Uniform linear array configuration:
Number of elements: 64
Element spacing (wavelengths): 1
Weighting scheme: binomial
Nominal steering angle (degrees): -30
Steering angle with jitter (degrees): -30.394
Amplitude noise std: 0.05
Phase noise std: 0.05

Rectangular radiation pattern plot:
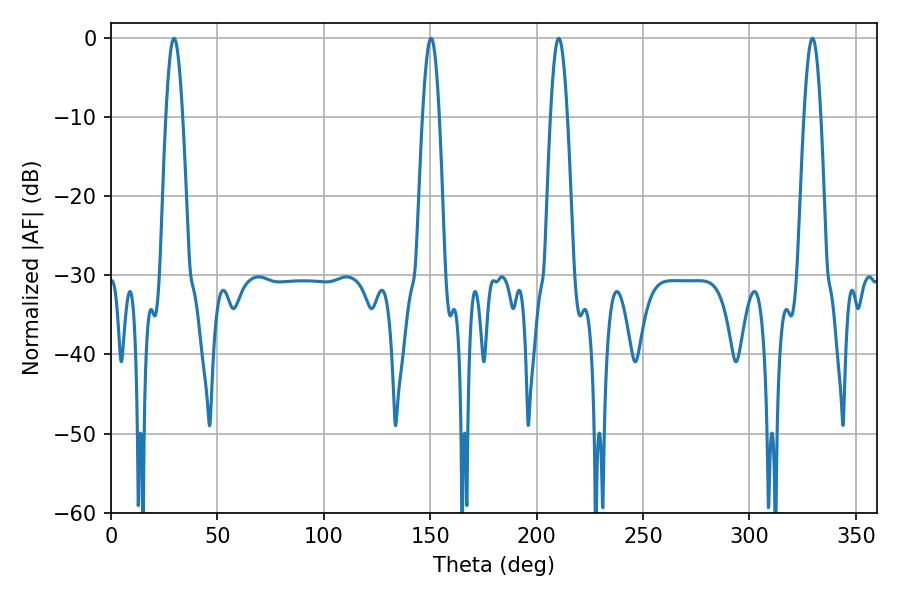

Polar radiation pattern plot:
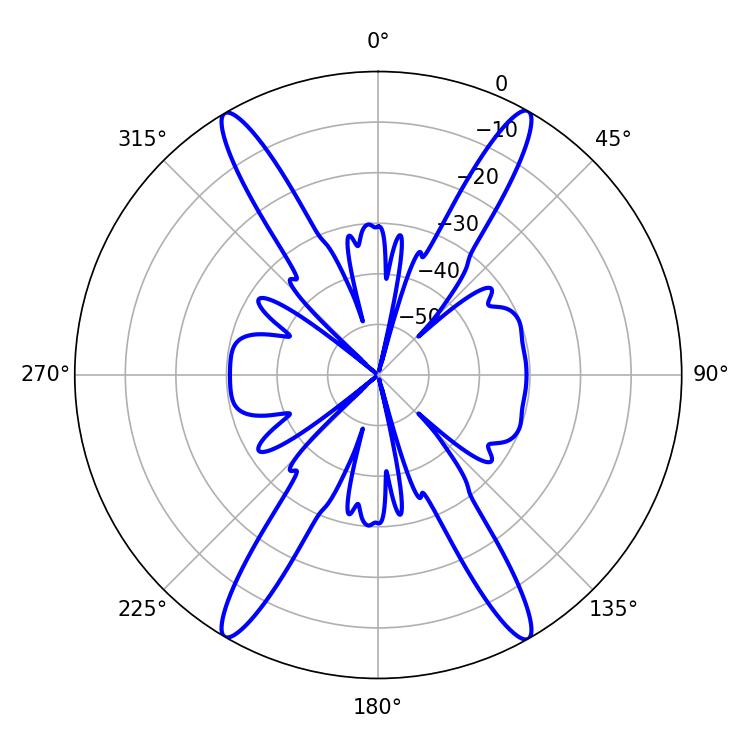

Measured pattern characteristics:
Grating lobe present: TRUE
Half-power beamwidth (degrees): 4.32
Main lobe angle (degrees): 210.42